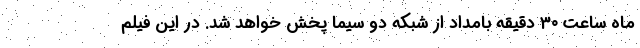
ماه ساعت ۳۰ دقیقه بامداد از شبکه دو سیما پخش خواهد شد. در این فیلم